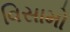
વિસામો